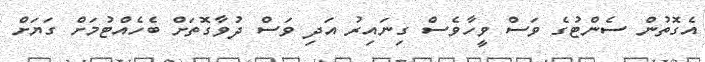
އެގޮތުން ސެންޓުގެ ވަސް ވީހާވެސް ގިނައިރު އަދި ވަސް ދުވާގޮތަށް ބެހެއްޓުމަށް ގަޔަށް